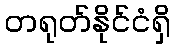
တရုတ်နိုင်ငံရှိ